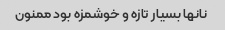
نانها بسیار تازه و خوشمزه بود ممنون